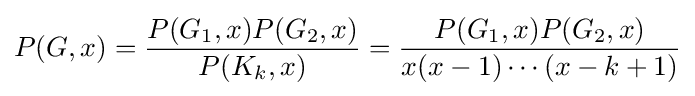
P(G,x)={\frac {P(G_{1},x)P(G_{2},x)}{P(K_{k},x)}}={\frac {P(G_{1},x)P(G_{2},x)}{x(x-1)\cdots (x-k+1)}}